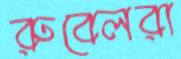
রুবেলরা